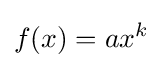
f(x)=ax^{k}